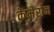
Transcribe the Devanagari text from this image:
केमेरोन